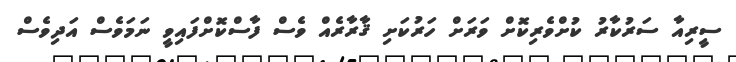
ސީރިއާ ސަރުކާރު ކުށްވެރިކޮށް ވަރަށް ހަރުކަށި ޤާރާރެއް ވެސް ފާސްކޮށްފައިވީ ނަމަވެސް އަދިވެސް